Annual vaccination report of Bihar and Orissa - 1911-1928
Year: 1911
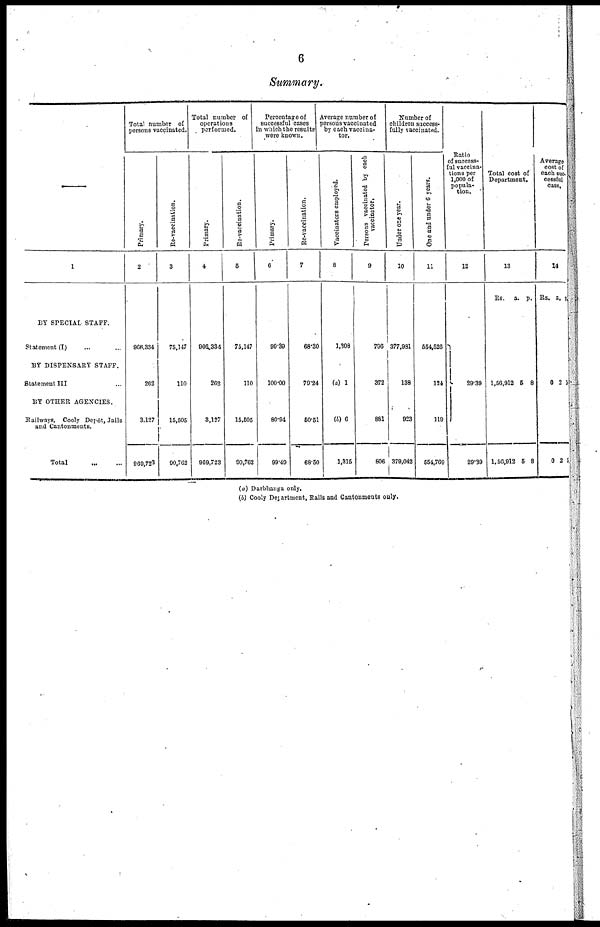
6
Summary.
1
BY SPECIAL STAFF.
Statement (I) ... ...
BY DISPENSARY STAFF.
Statement III ...
BY OTHER AGENCIES.
Railways, Cooly Depôt, Jails
and Cantonments.
Total
...
...
Total number of
persons vaccinated.
Primary.
2
966,334
262
3,127
969,723
Re-vaccination.
3
75,147
110
15,505
90,762
Total number of
operations
performed.
Primary.
4
966,334
262
3,127
969,723
Re-vaccination.
5
75,147
110
15,505
90,762
Percentage of
successful cases
in which the results
were known.
Primary.
6
99.39
100.00
80.94
99.49
Re-vaccination.
7
68.30
79.24
50.51
68.50
Average number of
persons vaccinated
by each vaccina-
tor.
Vaccinators employed.
8
1,308
(a) 1
(b) 6
1,315
Persons vaccinated by each
vaccinator.
9
796
372
881
806
Number of
children success¬
fully vaccinated.
Under one year.
10
377,981
138
923
379,042
One and under 6 years.
11
554,526
124
119
554,769
Ratio
of success-
ful vaccina¬
tions per
1,000 of
popula-
tion.
12
29.39
29.89
Total cost of
Department.
13
Rs.
a. p.
1,56,912
1,56,912
5
5
8
8
Average
cost of
each suc¬
cessful
case.
14
Rs. a. p.
0
0
2
2
5
5
(a) Darbhanga only.
(b) Cooly Department, Rails and Cantonments only.